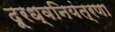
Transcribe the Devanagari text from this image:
दूरध्वनियंत्रणा